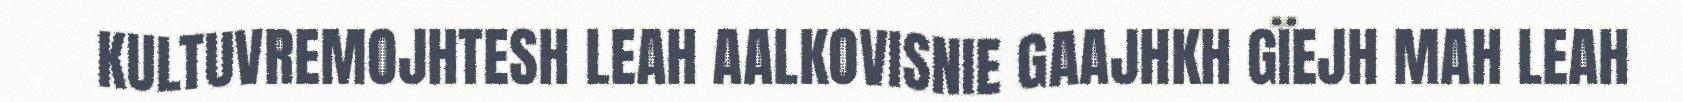
KULTUVREMOJHTESH LEAH AALKOVISNIE GAAJHKH GÏEJH MAH LEAH